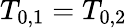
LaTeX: T_{0,1}=T_{0,2}